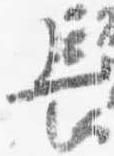
長